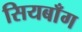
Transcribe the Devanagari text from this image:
सियबाँग